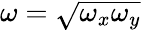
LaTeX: \omega=\sqrt{\omega_{x}\omega_{y}}